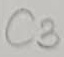
Text: C3